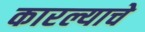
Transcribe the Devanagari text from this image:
कारल्याचे